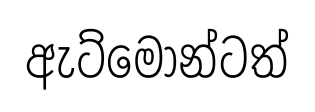
ඇට්මොන්ටත්